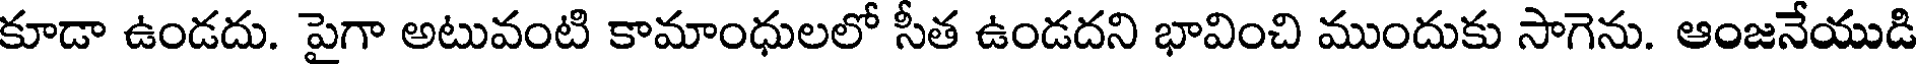
కూడా ఉండదు. పైగా అటువంటి కామాంధులలో సీత ఉండదని భావించి ముందుకు సాగెను. ఆంజనేయుడి